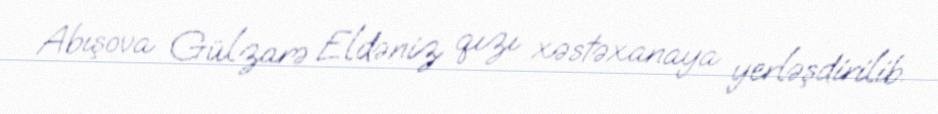
Abışova Gülzarə Eldəniz qızı xəstəxanaya yerləşdirilib.